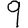
Digit: 9